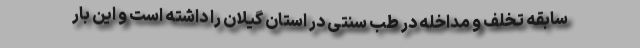
سابقه تخلف و مداخله در طب سنتی در استان گیلان را داشته است و این بار